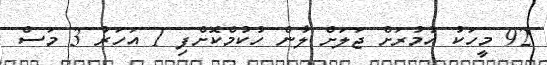
92 މީހަކު އުމުރަށް ޖަލަށް ލާން ހުކުމްކޮށްފި 1 އަހަރު 3 މަސް